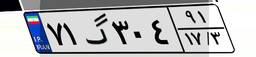
۷۱گ۳۰۴۹۱